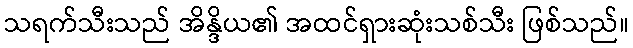
သရက်သီးသည် အိန္ဒိယ၏ အထင်ရှားဆုံးသစ်သီး ဖြစ်သည်။